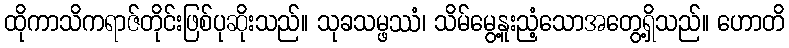
ထိုကာသိကရာဇ်တိုင်းဖြစ်ပုဆိုးသည်။ သုခသမ္ဖဿံ၊ သိမ်မွေ့နူးညံ့သောအတွေ့ရှိသည်။ ဟောတိ